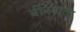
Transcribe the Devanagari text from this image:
बीरबाला